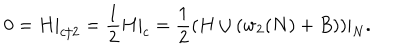
0 = H | _ { c / 2 } = \frac { 1 } { 2 } H | _ { c } = \frac { 1 } { 2 } ( H \cup ( w _ { 2 } ( N ) + B ) ) | _ { N } .